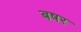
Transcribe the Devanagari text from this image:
बषर